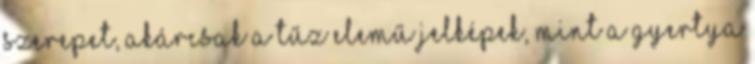
szerepet, akárcsak a tűz elemű jelképek, mint a gyertya